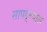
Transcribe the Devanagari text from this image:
सापड्ल्यास